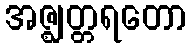
အဇ္ဈတ္တရတော